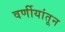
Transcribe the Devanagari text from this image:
वर्णीयांतून